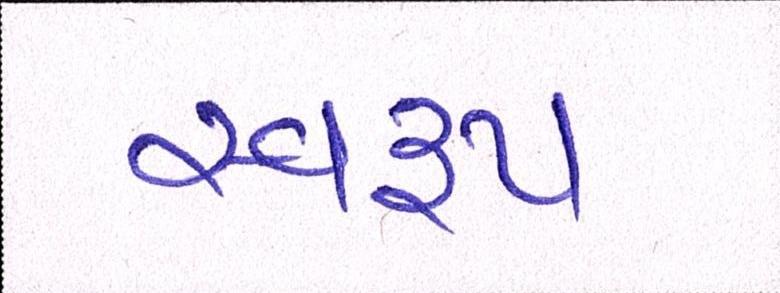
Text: સ્વરૃપ